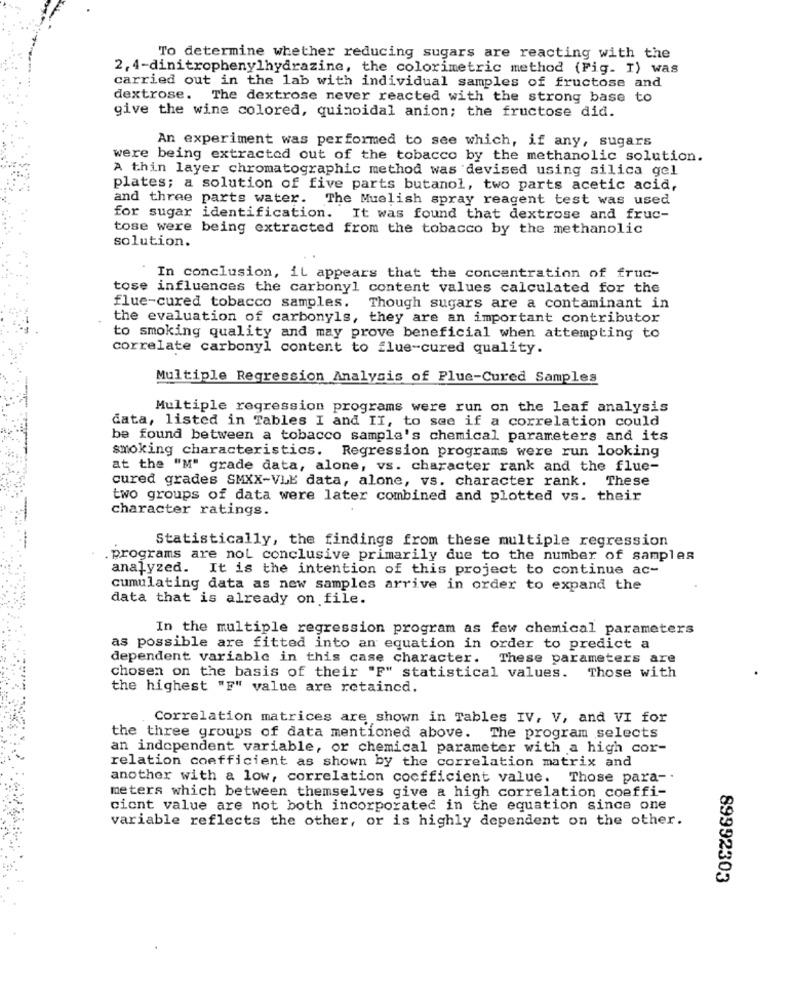
To determine whether reducing sugars are reacting with the
2, 4-dinitrophenylhydrazine, the colorimetric method (Fig. I) was
carried out in the lab with individual samples of fructose and
dextrose. The dextrose never reacted with the strong base to
give the wine colored, quinoidal anion; the fructose did.
An experiment was performed to see which, if any, sugars
were being extracted out of the tobacco by the methanolic solution.
A thin layer chromatographic method was devised using silica gel
plates; a solution of five parts butanol, two parts acetic acid,
and three parts water. The Muelish spray reagent test was used
for sugar identification. It was found that dextrose and fruc-
tose were being extracted from the tobacco by the methanolic
solution.
In conclusion, il appears that the concentration of fruc-
tose influences the carbonyl content values calculated for the
flue-cured tobacco samples.
Though sugars are a contaminant in
the evaluation of carbonyls, they are an important contributor
to smoking quality and may prove beneficial when attempting to
correlate carbonyl content to flue-cured quality.
Multiple Regression Analysis of Plue-Cured Samples
Multiple regression programs were run on the leaf analysis
data, listed in Tables I and II, to see if a correlation could
be found between a tobacco sample's chemical parameters and its
smoking characteristics. Regression programs were run looking
at the "M" grade data, alone, vs. character rank and the flue-
cured grades SMXX-VLE data, alone, vs. character rank. These
two groups of data were later combined and plotted vs. their
character ratings.
Statistically, the findings from these multiple regression
. programs are not conclusive primarily due to the number of samples
analyzed. It is the intention of this project to continue ac-
cumulating data as new samples arrive in order to expand the
data that is already on file.
In the multiple regression program as few chemical parameters
as possible are fitted into an equation in order to predict a
dependent variable in this case character. These parameters are
chosen on the basis of their "F" statistical values. Those with
the highest "F" value are retaincd.
Correlation matrices are shown in Tables IV, V, and VI for
the three groups of data mentioned above.
The program selects
an independent variable, or chemical parameter with a high cor-
relation coefficient as shown by the correlation matrix and
another with a low, correlation coefficient value. Those para -.
meters which between themselves give a high correlation coeffi-
ciont value are not both incorporated in the equation since one
variable reflects the other, or is highly dependent on the other.
89992303